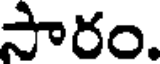
సారం.